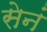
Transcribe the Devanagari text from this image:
सेनं